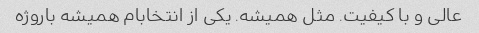
عالی و با کیفیت. مثل همیشه. یکی از انتخابام همیشه باروژه